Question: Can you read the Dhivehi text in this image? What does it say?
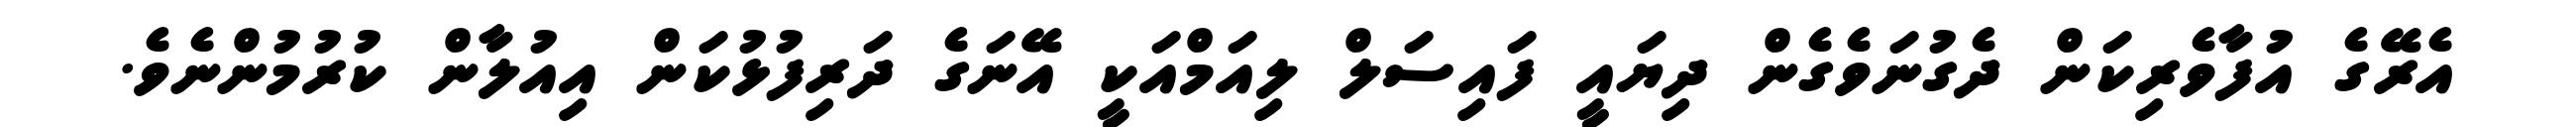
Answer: އެރޭގެ އުފާވެރިކަން ދެގުނަވެގެން ދިޔައީ ފައިސަލް ލިއަމްއަކީ އޭނަގެ ދަރިފުޅުކަން އިއުލާން ކުރުމުންނެވެ.